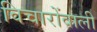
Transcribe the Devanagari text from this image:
विचारोंवाली